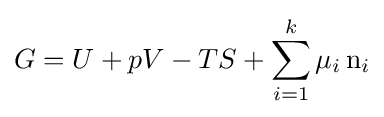
G=U+pV-TS+\sum _{i=1}^{k}\mu _{i}\,\mathrm {n} _{i}